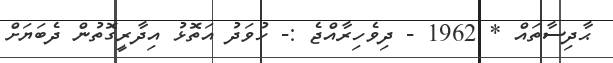
ޙާދިސާތައް * 1962 - ދިވެހިރާއްޖެ :- ހުވަދު އަތޮޅު އިދާރީގޮތުން ދެބަޔަށް